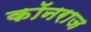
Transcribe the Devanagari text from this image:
कॉनराज